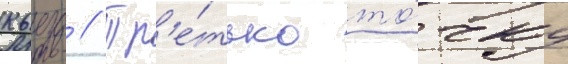
кьеза // Тр'е́тью то́чку